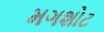
મગશોટ